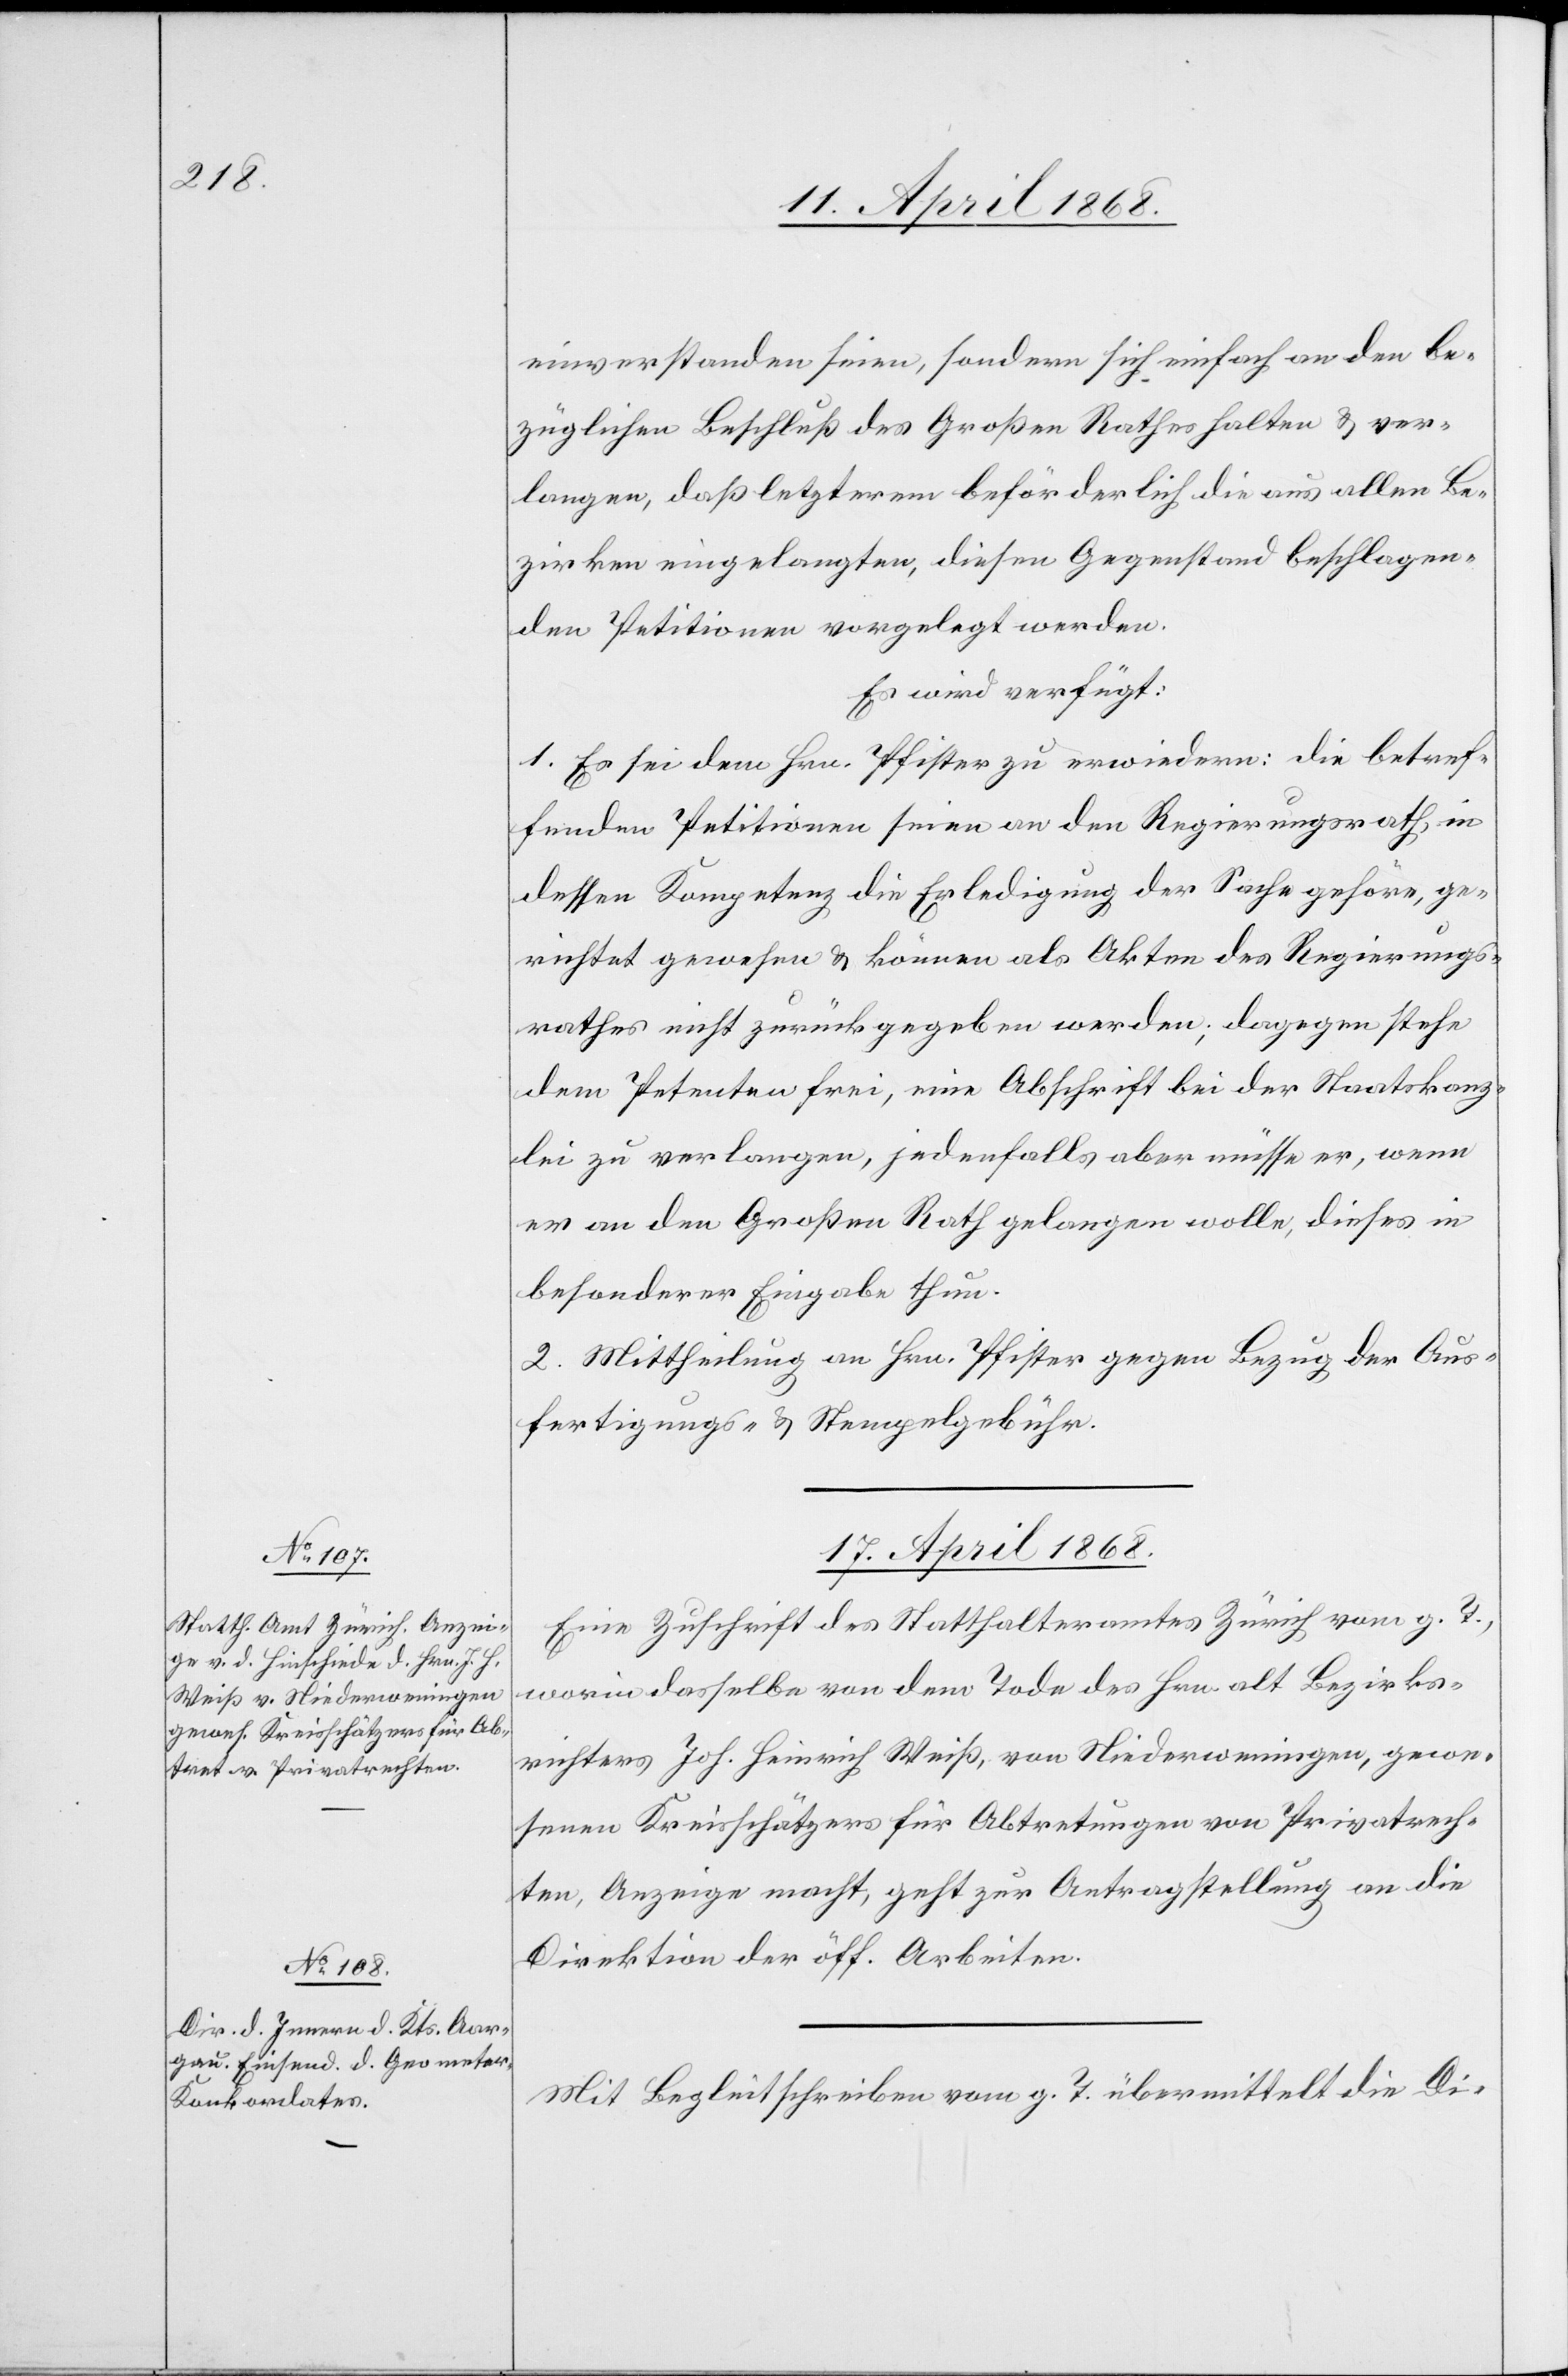
einverstanden seien, sondern sich einfach an den be¬
züglichen Beschluß des Großen Rathes halten & ver¬
langen, daß letzterem beförderlich die aus allen Be¬
zirken eingelangten, diesen Gegenstand beschlagen¬
den Petitionen vorgelegt werden.
Es wird verfügt:
1. Es sei dem Hrn. Pfister zu erwiedern: die betref¬
fenden Petitionen seien an den Regierungsrath, in
dessen Kompetenz die Erledigung der Sache gehöre, ge¬
richtet gewesen & können als Akten des Regierungs¬
rathes nicht zurückgegeben werden; dagegen stehe
dem Petenten frei, eine Abschrift bei der Staatskanz¬
lei zu verlangen, jedenfalls aber müsse er, wenn
er an den Großen Rath gelangen wolle, dieses in
besonderer Eingabe thun.
2. Mittheilung an Hrn. Pfister gegen Bezug der Aus¬
fertigungs- & Stempelgebühr.
17. April 1868.]
Eine Zuschrift des Statthalteramtes Zürich vom g. T.,
worin dasselbe von dem Tode des Hrn. alt Bezirks¬
richters Joh. Heinrich Weiß, von Niederweningen, gewe¬
senen Kreisschätzers für Abtretungen von Privatrech¬
ten, Anzeige macht, geht zur Antragstellung an die
Direktion der öff. Arbeiten.
Mit Begleitschreiben vom g. T. übermittelt die Di-